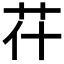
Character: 𦬯